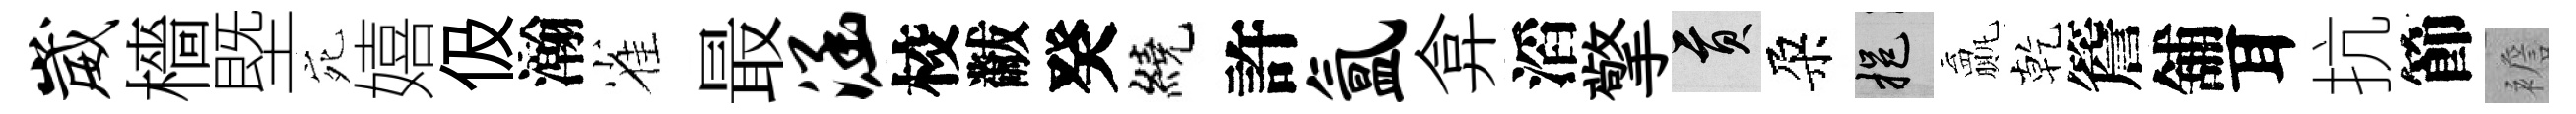
崴檣塈宛嬉伋瀚雀最涵校黻癸繞許氲弇滔擎貢朶挹贏乾簷舖耳抗節襜